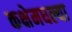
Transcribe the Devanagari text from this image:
कक्षेमधल्या